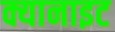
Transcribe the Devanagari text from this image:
क्यानाइट